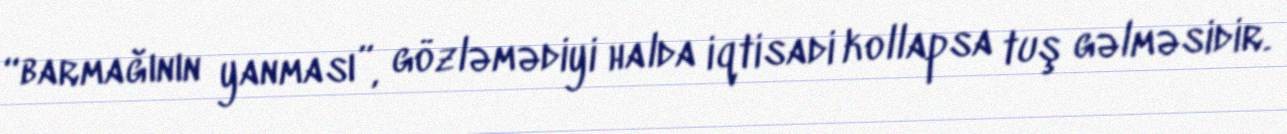
“barmağının yanması”, gözləmədiyi halda iqtisadi kollapsa tuş gəlməsidir.